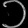
Digit: ၁